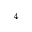
^ 4